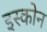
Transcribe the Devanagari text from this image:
इस्कोन